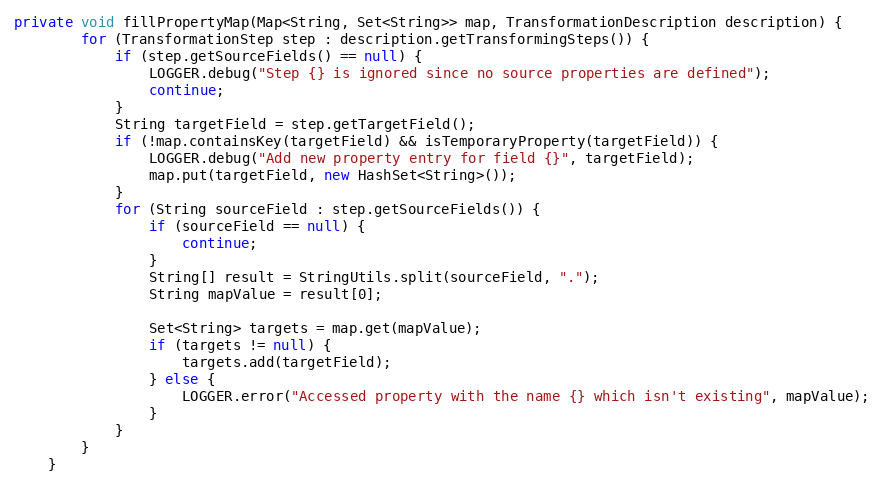
Language: Java
private void fillPropertyMap(Map<String, Set<String>> map, TransformationDescription description) {
        for (TransformationStep step : description.getTransformingSteps()) {
            if (step.getSourceFields() == null) {
                LOGGER.debug("Step {} is ignored since no source properties are defined");
                continue;
            }
            String targetField = step.getTargetField();
            if (!map.containsKey(targetField) && isTemporaryProperty(targetField)) {
                LOGGER.debug("Add new property entry for field {}", targetField);
                map.put(targetField, new HashSet<String>());
            }
            for (String sourceField : step.getSourceFields()) {
                if (sourceField == null) {
                    continue;
                }
                String[] result = StringUtils.split(sourceField, ".");
                String mapValue = result[0];

                Set<String> targets = map.get(mapValue);
                if (targets != null) {
                    targets.add(targetField);
                } else {
                    LOGGER.error("Accessed property with the name {} which isn't existing", mapValue);
                }
            }
        }
    }